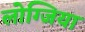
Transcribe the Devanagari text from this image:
लोग्जिया